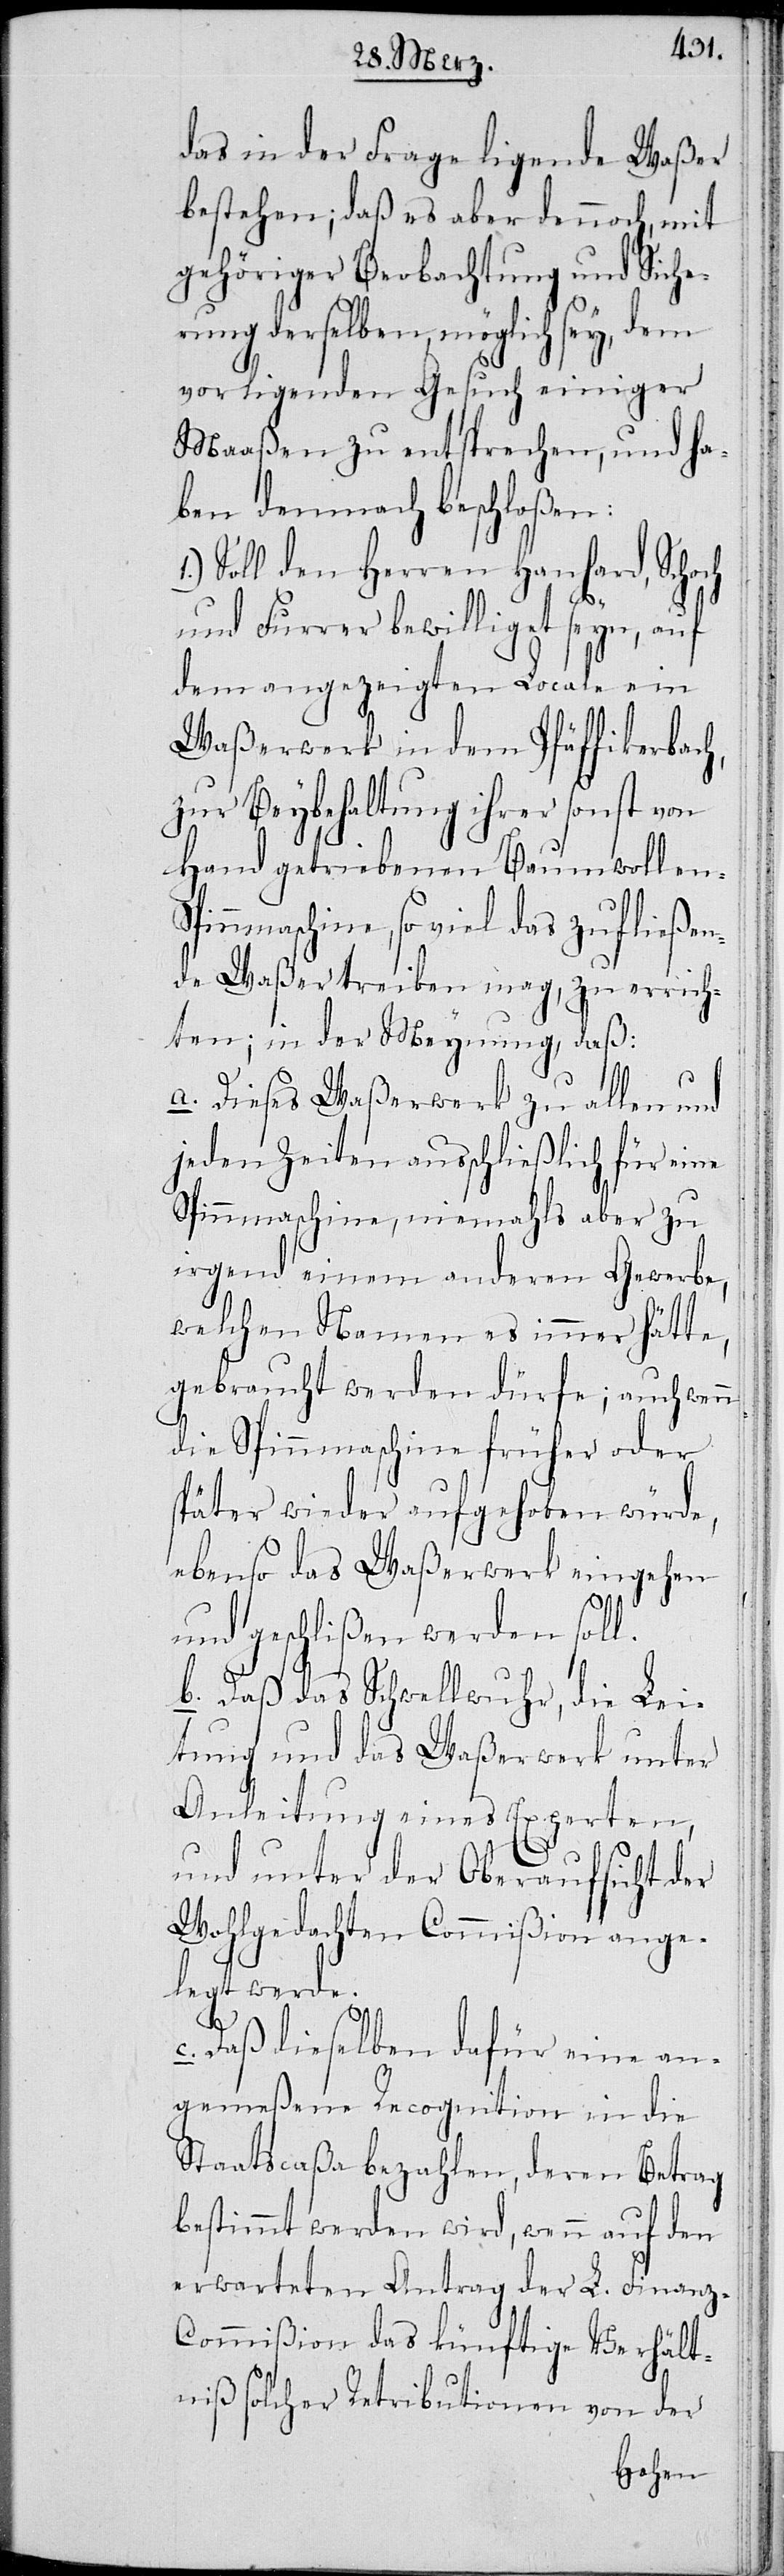
das in der Frage ligende Waßer
bestehen; daß es aber dennoch, mit
gehöriger Beobachtung und Siche¬
rung derselben, möglich sey, dem
vorligenden Gesuch einiger
Maaßen zu entsprechen, und ha¬
ben demnach beschloßen:
Soll den Herren Hanhard, Schoch
und Furrer bewilliget seyn, auf
dem angezeigten Locale ein
Waßerwerk in dem Pfäffikerbach,
zur Beybehaltung ihrer sonst von
Hand getriebenen Baumwollen-S¬
innmaschine, so viel das zufließen¬
de Waßer treiben mag, zu errich¬
ten; in der Meynung, daß:
a. Dieses Waßerwerk zu allen und
jeden Zeiten ausschließlich für eine
Spinnmaschine, niemahls aber zu
irgend einem anderen Gewerbe,
welchen Namen es immer hätte,
gebraucht werden dürfe; auch wenn
die Spinnmaschine früher oder
später wieder aufgegeben würde,
ebenso das Waßerwerk eingehen
und geschlißen werden soll.
b. Daß das Schwellwuhr, die Lei¬
tung und das Waßerwerk unter
Anleitung eines Experten,
und unter der Oberaufsicht der
Wohlgedachten Commißion ange¬
legt werde.
p¬
c. Daß dieselben dafür eine an¬
gemeßene Recognition in die
Staatscaßa bezahlen, deren Betrag
bestimmt werden wird, wenn auf den
erwarteten Antrag der L. Finan¬
z-Commißion das künftige Verhält¬
niß solcher Retributionen von der